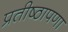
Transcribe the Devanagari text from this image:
प्रतीष्ठापणा